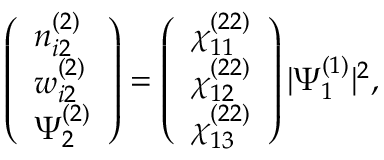
\begin{array} { r } { \left( \begin{array} { l } { n _ { i 2 } ^ { ( 2 ) } } \\ { w _ { i 2 } ^ { ( 2 ) } } \\ { \Psi _ { 2 } ^ { ( 2 ) } } \end{array} \right) = \left( \begin{array} { l } { \chi _ { 1 1 } ^ { ( 2 2 ) } } \\ { \chi _ { 1 2 } ^ { ( 2 2 ) } } \\ { \chi _ { 1 3 } ^ { ( 2 2 ) } } \end{array} \right) | \Psi _ { 1 } ^ { ( 1 ) } | ^ { 2 } , } \end{array}